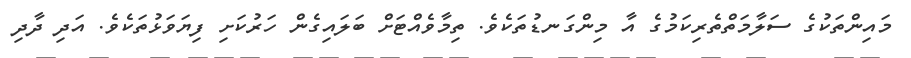
މައިންތަކުގެ ސަލާމަތްތެރިކަމުގެ އާ މިންގަނޑުތަކެވެ. ތިމާވެއްޓަށް ބަލައިގެން ހަރުކަށި ފިޔަވަޅުތަކެވެ. އަދި ދާދި